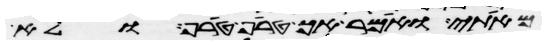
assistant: מאתי ואמר הך טרף טרף ולא